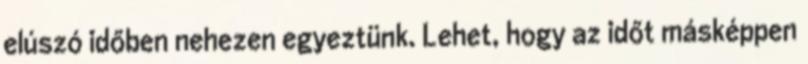
elúszó időben nehezen egyeztünk. Lehet, hogy az időt másképpen